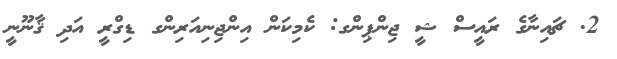
2. ޗައިނާގެ ރައީސް ޝީ ޖިންޕިންގ: ކެމިކަން އިންޖިނިއަރިންގ ޑިގްރީ އަދި ޤާނޫނީ